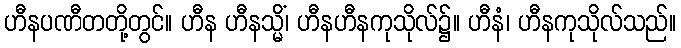
ဟီနပဏီတတို့တွင်။ ဟီန ဟီနသ္မိံ၊ ဟီနဟီနကုသိုလ်၌။ ဟီနံ၊ ဟီနကုသိုလ်သည်။